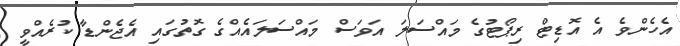
އެހެންވެ އެ އޮޑިޓް ރިޕޯޓުގެ މައްސަލަ އަވަސް މައްސަލައެއްގެ ގޮތުގައި އެޖެންޑާ ކުރެއްވީ